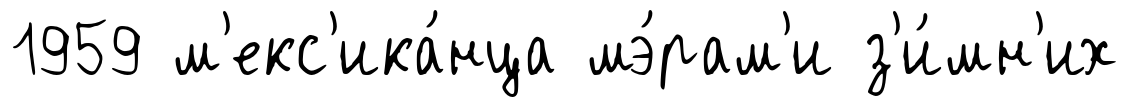
1959 м'екс'ика́нца мэ́рам'и з'и́мн'их